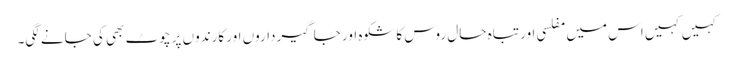
کہیں کہیں اس میں مفلسی اور تباہ حال روس کا شکوہ اور جاگیرداروں اور کارندوں پر چوٹ بھی کی جانے لگی۔